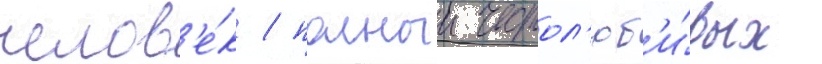
челов'е́к / полныи честол'юб'и́вых